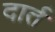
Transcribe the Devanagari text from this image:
दार्त